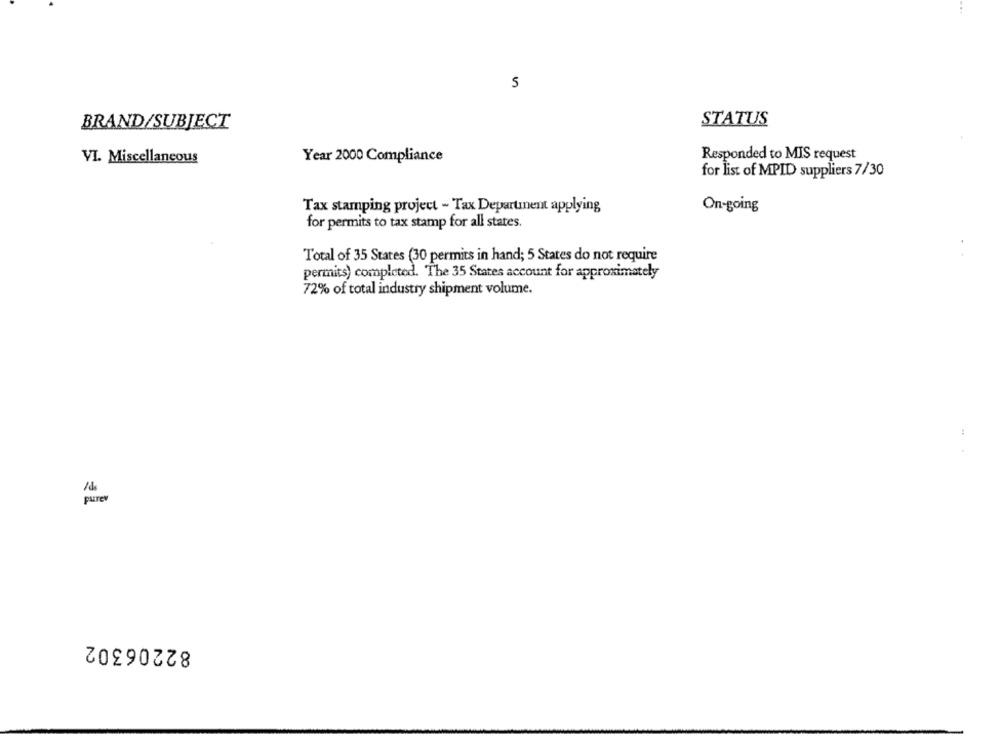
5
BRAND/SUBJECT
STATUS
VI. Miscellaneous
Year 2000 Compliance
Responded to MIS request
for list of MPID suppliers 7/30
Tax stamping project - Tax Department applying
On-going
for permits to tax stamp for all states.
Total of 35 States (30 permits in hand; 5 States do not require
permits) completed. The 35 States account for approximately
72% of total industry shipment volume.
purev
82206302